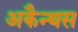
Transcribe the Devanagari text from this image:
अकैन्थस